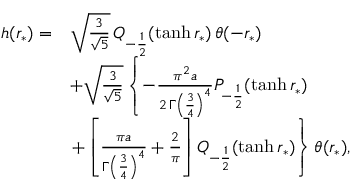
\begin{array} { r l } { h ( r _ { * } ) = } & { \sqrt { \frac { 3 } { \sqrt { 5 } } } \, Q _ { - \frac { 1 } { 2 } } ( \operatorname { t a n h } r _ { * } ) \, \theta ( - r _ { * } ) } \\ & { + \sqrt { \frac { 3 } { \sqrt { 5 } } } \left\{ - \frac { \pi ^ { 2 } a } { 2 \, \Gamma \left( \frac { 3 } { 4 } \right) ^ { 4 } } P _ { - \frac { 1 } { 2 } } ( \operatorname { t a n h } r _ { * } ) \right. } \\ & { \left. + \left[ \frac { \pi a } { \Gamma \left( \frac { 3 } { 4 } \right) ^ { 4 } } + \frac { 2 } { \pi } \right] Q _ { - \frac { 1 } { 2 } } ( \operatorname { t a n h } r _ { * } ) \right\} \theta ( r _ { * } ) , } \end{array}